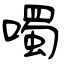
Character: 噣